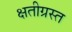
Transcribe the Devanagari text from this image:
क्षतीग्रस्त